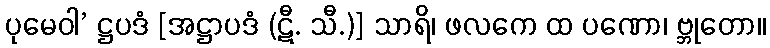
ပုမေဝါ’ ဋ္ဌပဒံ [အဋ္ဌာပဒံ (ဋီ. သီ.)] သာရိ၊ ဖလကေ ထ ပဏော၊ ဗ္ဘုတော။